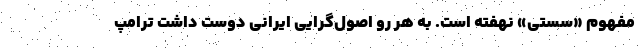
مفهوم «سستی» نهفته است. به هر رو اصول‌گرایی ایرانی دوست داشت ترامپ